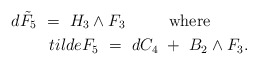
\begin{align*} d\tilde{F}_5~=~ H_3\wedge F_3\ \ \ \ \ \ \ \ \mbox{where}\ \ \ \ \ \ \ \\tilde{F}_5~=~ dC_4~+~B_2\wedge F_3.\end{align*}